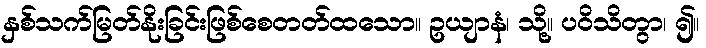
နှစ်သက်မြတ်နိုးခြင်းဖြစ်စေတတ်ထသော။ ဥယျာနံ၊ သို့။ ပဝိသိတွာ၊ ၍။